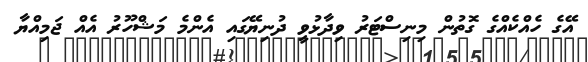
އޭގެ ހެއްކެއްގެ ގޮތުން މިނިސްޓަރު ވިދާޅުވީ ދުނިޔޭގައި އެންމެ މަޝްހޫރު އެއް ޖަމިއްޔާ